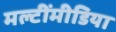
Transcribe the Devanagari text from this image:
मल्टींमीडिया